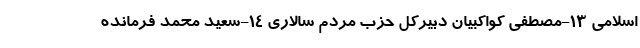
اسلامی ۱۳-مصطفی کواکبیان دبیرکل حزب مردم سالاری ۱۴-سعید محمد فرمانده